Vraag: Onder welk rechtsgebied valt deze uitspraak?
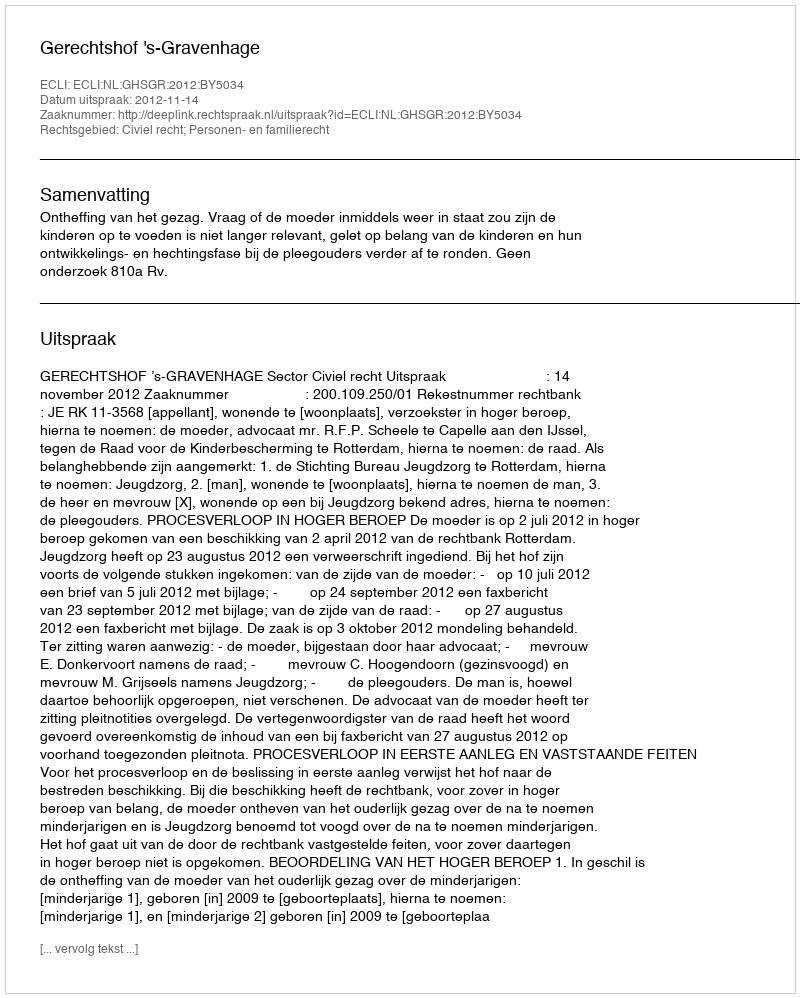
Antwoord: Civiel recht; Personen- en familierecht